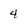
Character: 4